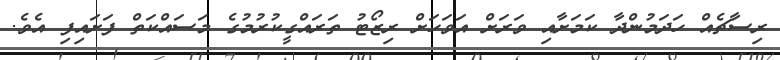
ރިސާޗެއް ހަދަމުންދާ ކަމަށާއި ވަރަށް އަވަހަށް ރިޒޯޓު ތަރައްގީކުރުމުގެ މަސައްކަތް ފަށައިފި އެވެ.